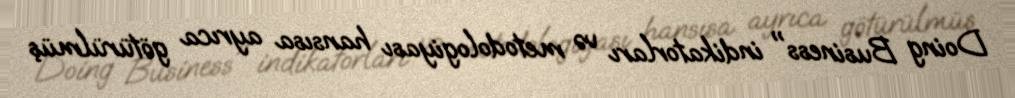
Doing Business" indikatorları və metodologiyası hansısa ayrıca götürülmüş